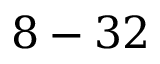
8 - 3 2